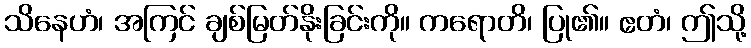
သိနေဟံ၊ အကြင် ချစ်မြတ်နိုးခြင်းကို။ ကရောတိ၊ ပြု၏။ ဧတံ၊ ဤသို့